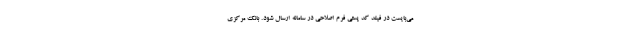
می‌بایست در فیلد کد پستی فرم اصلاحی در سامانه ارسال شود. بانک مرکزی